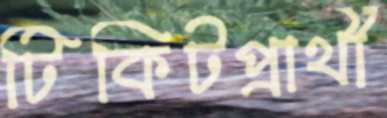
টিকিটপ্রার্থী